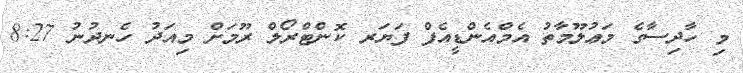
މި ހާދިސާގެ މަޢުލޫމާތު އެމްއެންޑީއެފް ފަޔަރ ކޮންޓްރޯލް ރޫމަށް މިއަދު ހެނދުނު 8:27